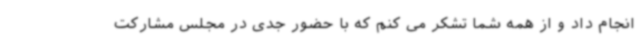
انجام داد و از همه شما تشکر می کنم که با حضور جدی در مجلس مشارکت